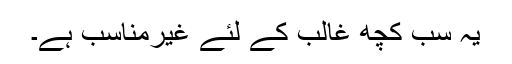
یہ سب کچھ غالب کے لئے غیرمناسب ہے۔